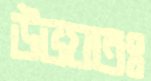
উভয়তঃ